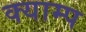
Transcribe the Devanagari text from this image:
क्याम्प